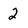
Character: 2